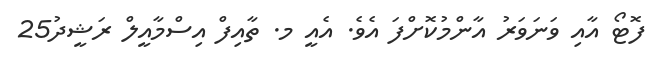
ފޮޓޯ އާއި ވަނަވަރު އާންމުކޮށްފަ އެވެ. އެއީ މ. ތާއިފް އިސްމާއީލް ރަޝީދު25